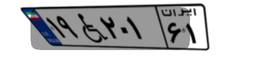
۱۹W۲۰۱۶۱